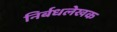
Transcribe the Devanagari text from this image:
निर्बधलेखक